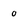
Character: 0